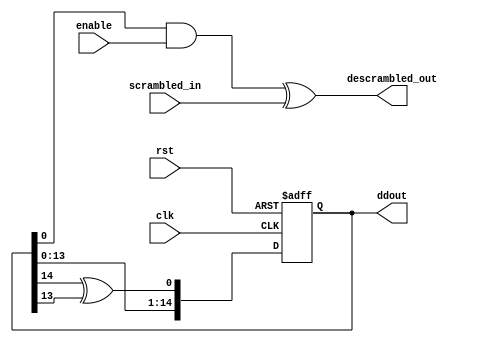
`timescale 1ns / 1ps
//////////////////////////////////////////////////////////////////////////////////
// Company: 
// Engineer: 
// 
// Design Name: 
// Module Name: new_descrambler
// Project Name: 
// Target Devices: 
// Tool Versions: 
// Description: 
// 
// Dependencies: 
// 
// Revision:
// Revision 0.01 - File Created
// Additional Comments:
// 
//////////////////////////////////////////////////////////////////////////////////


module new_descrambler(
    input clk,
    input rst,
    input scrambled_in,
    input enable,
    output  descrambled_out,
    output reg [14:0] ddout
    
);
 wire AND_OUT;
    

    always@ (posedge clk or posedge rst) begin
        if (rst) begin
          ddout<=15'b1010_1111_1100_101;
          
            
         end  
        else 
        begin
            ddout[0] <= ddout[14] ^ ddout[13]; 
            ddout[1] <= ddout[0];
            ddout[2] <= ddout[1];
            ddout[3] <= ddout[2];
            ddout[4] <= ddout[3];
            ddout[5] <= ddout[4];
            ddout[6] <= ddout[5];
            ddout[7] <= ddout[6];
            ddout[8] <= ddout[7];
            ddout[9] <= ddout[8];
            ddout[10] <= ddout[9];
            ddout[11] <= ddout[10];
            ddout[12] <= ddout[11];
            ddout[13] <= ddout[12];
            ddout[14] <= ddout[13];
        
        end
        
       
        end
        assign AND_OUT = ddout[0] & enable;
        assign descrambled_out = AND_OUT ^ scrambled_in;
endmodule